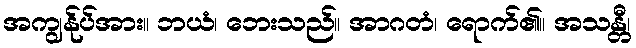
အကျွန်ုပ်အား။ ဘယံ၊ ဘေးသည်။ အာဂတံ၊ ရောက်၏။ အသန္တီ၊